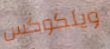
ويلكوكس